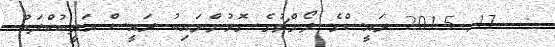
:  17